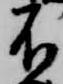
不